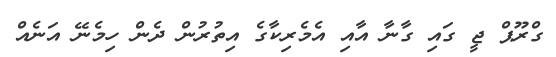
ގްރޫޕް ޖީ ގައި ގާނާ އާއި އެމެރިކާގެ އިތުރުން ދެން ހިމެނޭ އަނެއް